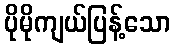
ပိုမိုကျယ်ပြန့်သော